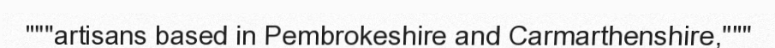
"""artisans based in Pembrokeshire and Carmarthenshire,"""